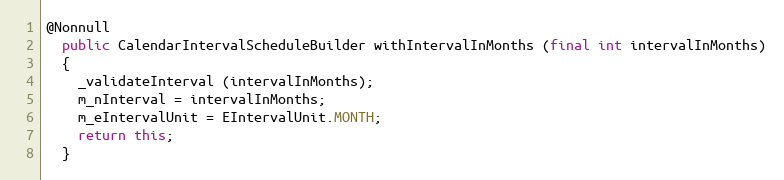
Language: Java
@Nonnull
  public CalendarIntervalScheduleBuilder withIntervalInMonths (final int intervalInMonths)
  {
    _validateInterval (intervalInMonths);
    m_nInterval = intervalInMonths;
    m_eIntervalUnit = EIntervalUnit.MONTH;
    return this;
  }